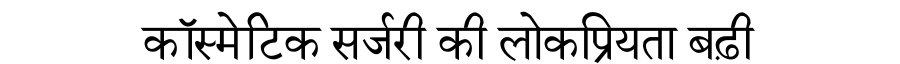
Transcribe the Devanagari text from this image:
कॉस्मेटिक सर्जरी की लोकप्रियता बढ़ी